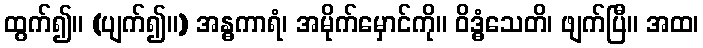
ထွက်၍။ (ပျက်၍။) အန္ဓကာရံ၊ အမိုက်မှောင်ကို။ ဝိဒ္ဓံသေတိ၊ ဖျက်ပြီ။ အထ၊